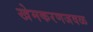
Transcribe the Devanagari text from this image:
खेमकरणजवळ